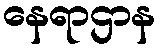
နေရာဌာန